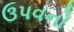
ઉપવનો